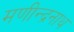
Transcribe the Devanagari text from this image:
मणीन्द्रनाथ